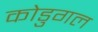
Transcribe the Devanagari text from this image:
कोडुगल